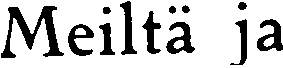
Meiltä ja